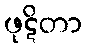
ဖုဋိတာ